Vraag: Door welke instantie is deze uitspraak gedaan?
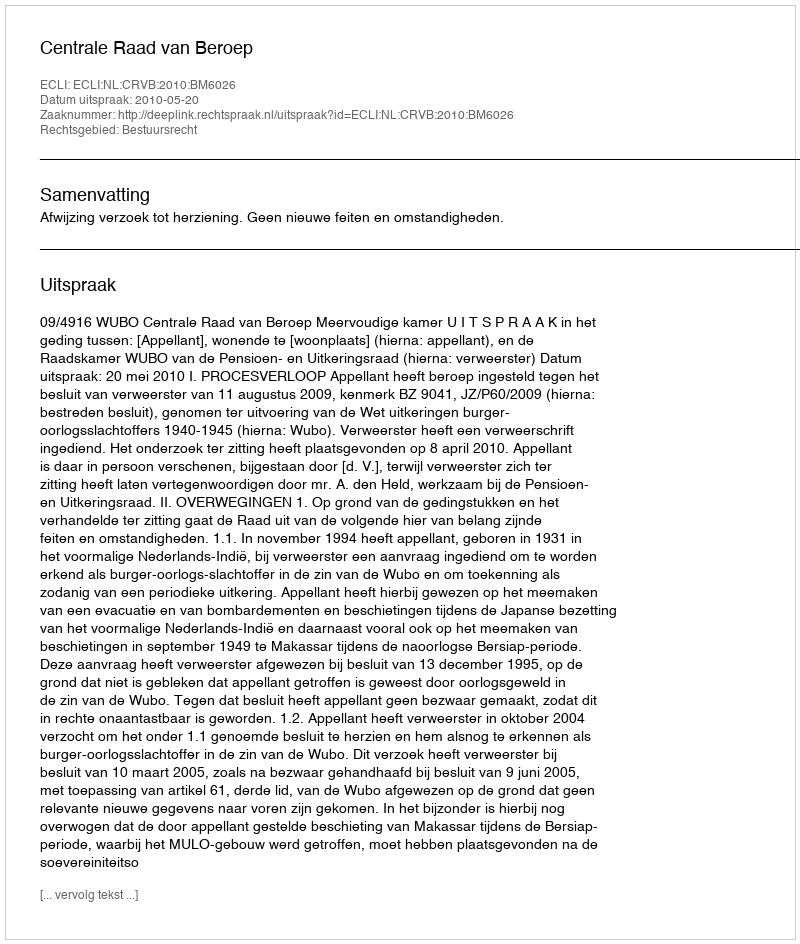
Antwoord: Centrale Raad van Beroep